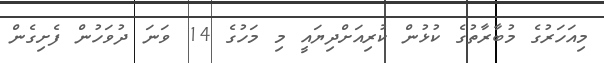
މިއަހަރުގެ މުބާރާތުގެ ކުޅުން ކުރިއަށްދިޔައީ މި މަހުގެ 14 ވަނަ ދުވަހުން ފެށިގެން